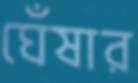
ঘেঁষার